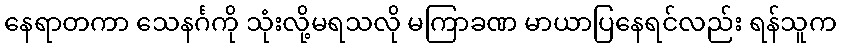
နေရာတကာ သေနင်္ဂကို သုံးလို့မရသလို မကြာခဏ မာယာပြနေရင်လည်း ရန်သူက